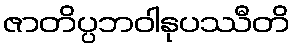
ဇာတိပ္ပဘဝါနုပဿီတိ